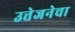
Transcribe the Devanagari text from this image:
उत्तेजनेचा